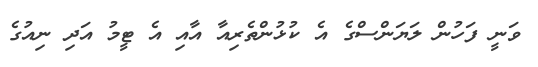
ވަނީ ފަހުން ލަޔަންސްގެ އެ ކުޅުންތެރިއާ އާއި އެ ޓީމު އަދި ނިއުގެ